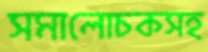
সমালোচকসহ